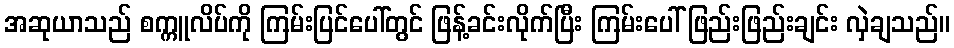
အဆုယာသည် စက္ကူလိပ်ကို ကြမ်းပြင်ပေါ်တွင် ဖြန့်ခင်းလိုက်ပြီး ကြမ်းပေါ် ဖြည်းဖြည်းချင်း လှဲချသည်။